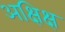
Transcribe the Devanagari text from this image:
अक्षिक्ष